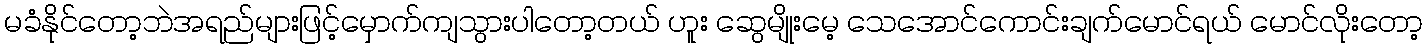
မခံနိုင်တော့ဘဲအရည်များဖြင့်မှောက်ကျသွားပါတော့တယ် ဟူး ဆွေမျိုးမေ့ သေအောင်ကောင်းချက်မောင်ရယ် မောင်လိုးတော့